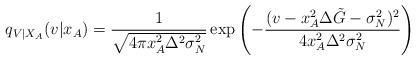
LaTeX: \begin{align*}q_{V|X_A}(v|x_A) = \frac{1}{\sqrt{4 \pi x_A^2 \Delta^2 \sigma^2_N}}\exp\left(- \frac{(v-x_A^2 \Delta \tilde{G} - \sigma^2_N)^2}{4 x_A^2 \Delta^2 \sigma^2_N} \right)\end{align*}